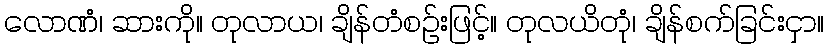
လောဏံ၊ ဆားကို။ တုလာယ၊ ချိန်တံစဉ်းဖြင့်။ တုလယိတုံ၊ ချိန်စက်ခြင်းငှာ။